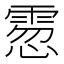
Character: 䨚